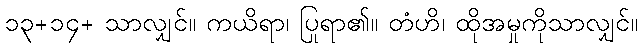
၁၃+၁၄+ သာလျှင်။ ကယိရာ၊ ပြုရာ၏။ တံဟိ၊ ထိုအမှုကိုသာလျှင်။